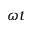
\omega t